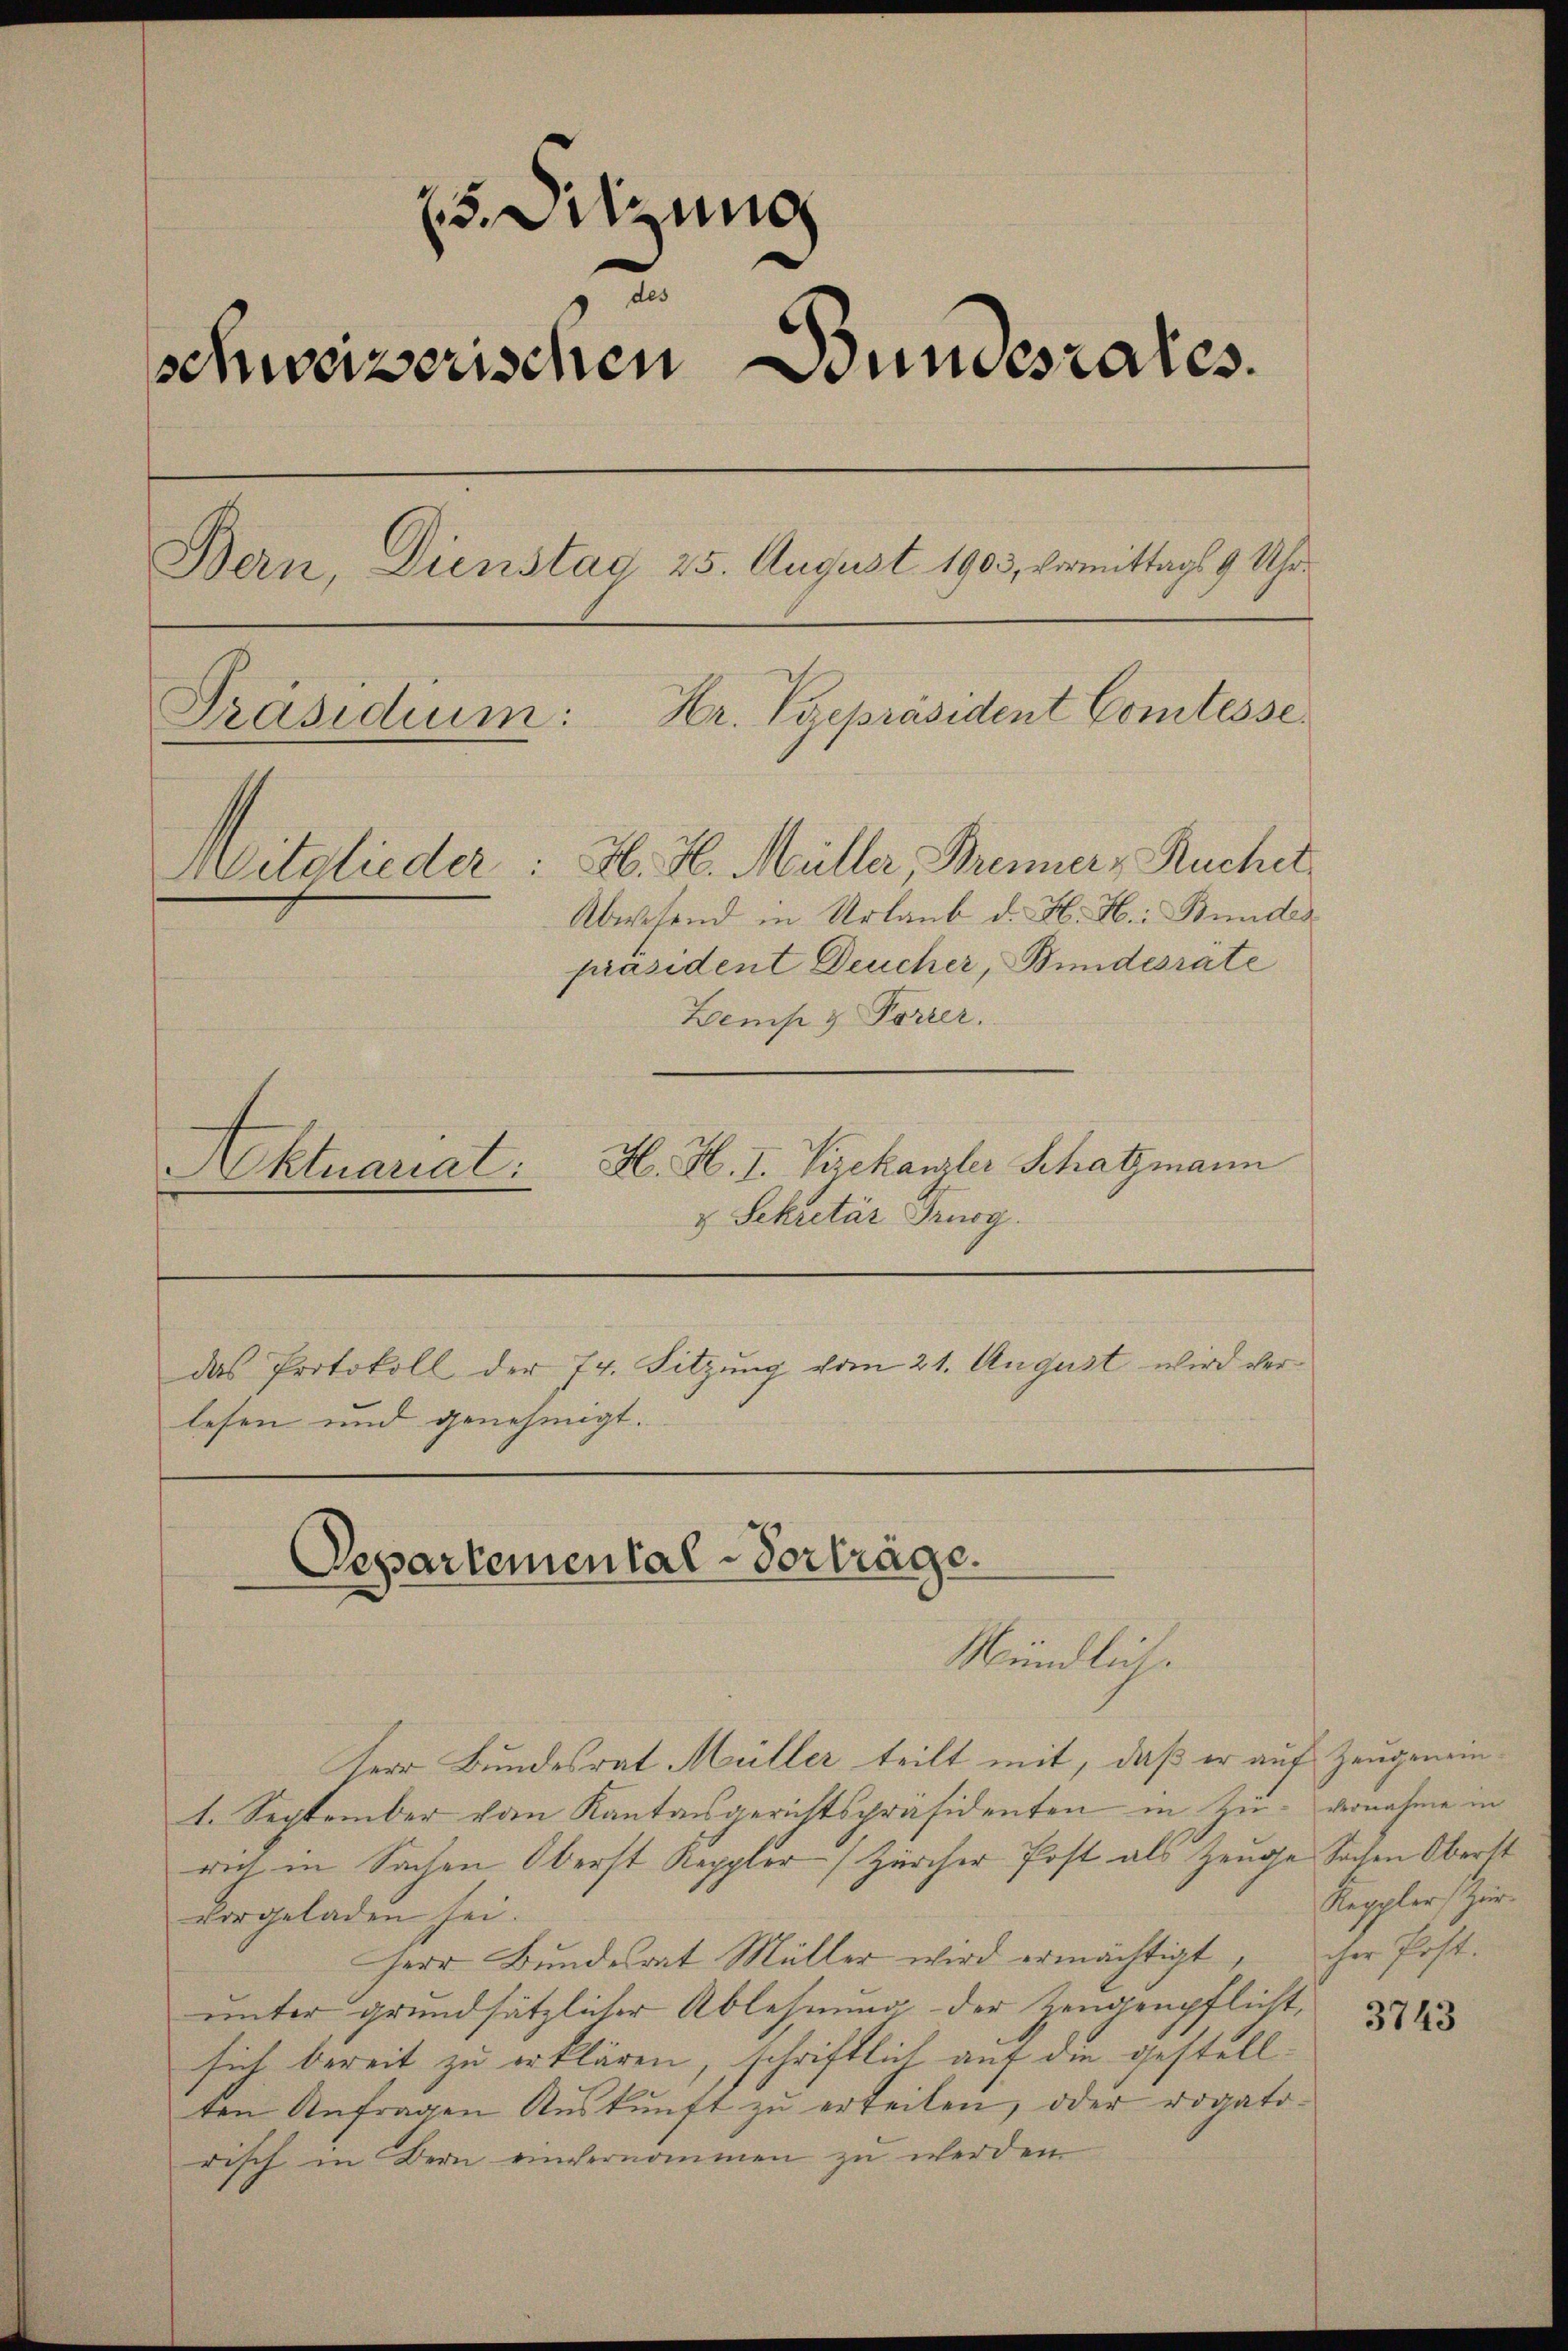
23. Sitzung
2
schweizerischen Bundesrates.
Bern, Dienstag 25. August 1903, vermittags 9 Uhr
Präsidium: Hr. Vgepräsident Comtesse
Mitglieder: H. H. Müller Brenner, Ruchet
Abwesend in Urlaub d. H. H. Bunder
präsident Deucher, Bundesräte

Zems & Forrer.
H. H. I. Vizekanzler Schatzmann
Aktuariat:
u Sekretär Prugg.
das Protokoll der 74. Sitzung vom 21. August wird verlesen und genehmigt.

Departemental-Vorträge.
Mündlich.

Herr Bundesrat Müller teilt mit, daß er auf Zeugenein¬
1. September vom Kantonsgerichtspräsidenten in Zu- vernahme in
rich in Sachen Oberst Keppler Zürcher Post als Zeuge Sachen Oberst
vorgeladen sei.
Herr Bundesrat Müller wird ermächtigt
unter grundsätzlicher Ablehnung der Zeugenpflicht,
sich bereit zu erklären, schriftlich auf die gestellten Anfragen Auskunft zu erteilen, oder rogatodisch in Bern einvernommen zu werden.

Keppler Zür
icher Post.

3743